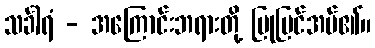
သင်္ခါရံ - အကြောင်းဘရားတို့ ပြုပြင်အပ်၏။